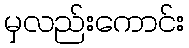
မှလည်းကောင်း